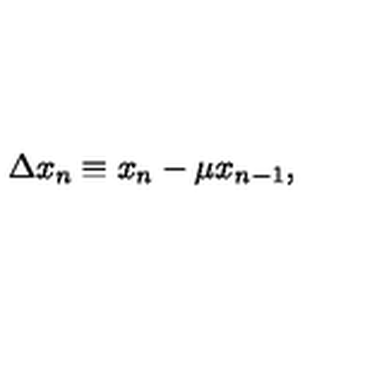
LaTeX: \Delta x _ { n } \equiv x _ { n } - \mu x _ { n - 1 } ,